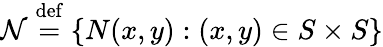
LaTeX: \mathcal{N}\stackrel{\mathrm{def}}{=}\{ N(x,y):(x,y)\in S\times S\}